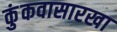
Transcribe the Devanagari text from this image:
कुंकवासारखा